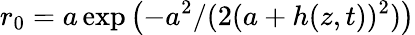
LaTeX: r_{0}=a\exp\left(-a^{2}/(2(a+h(z,t))^{2})\right)